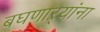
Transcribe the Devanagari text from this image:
बघणाऱ्यांना